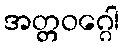
အတ္တဝဂ္ဂေါ